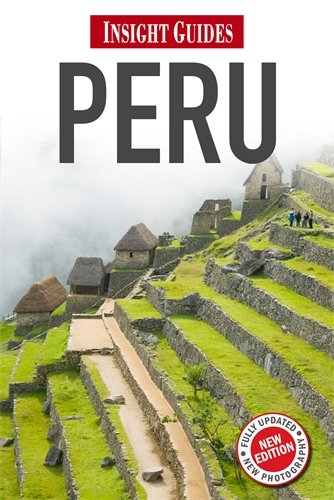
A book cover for Peru (Insight Guides); Travel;